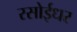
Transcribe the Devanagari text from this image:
रसोईधर